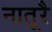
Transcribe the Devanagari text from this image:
नातूरै